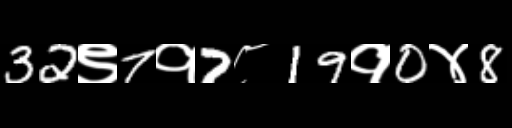
Text: 32९7१7८19१0४8